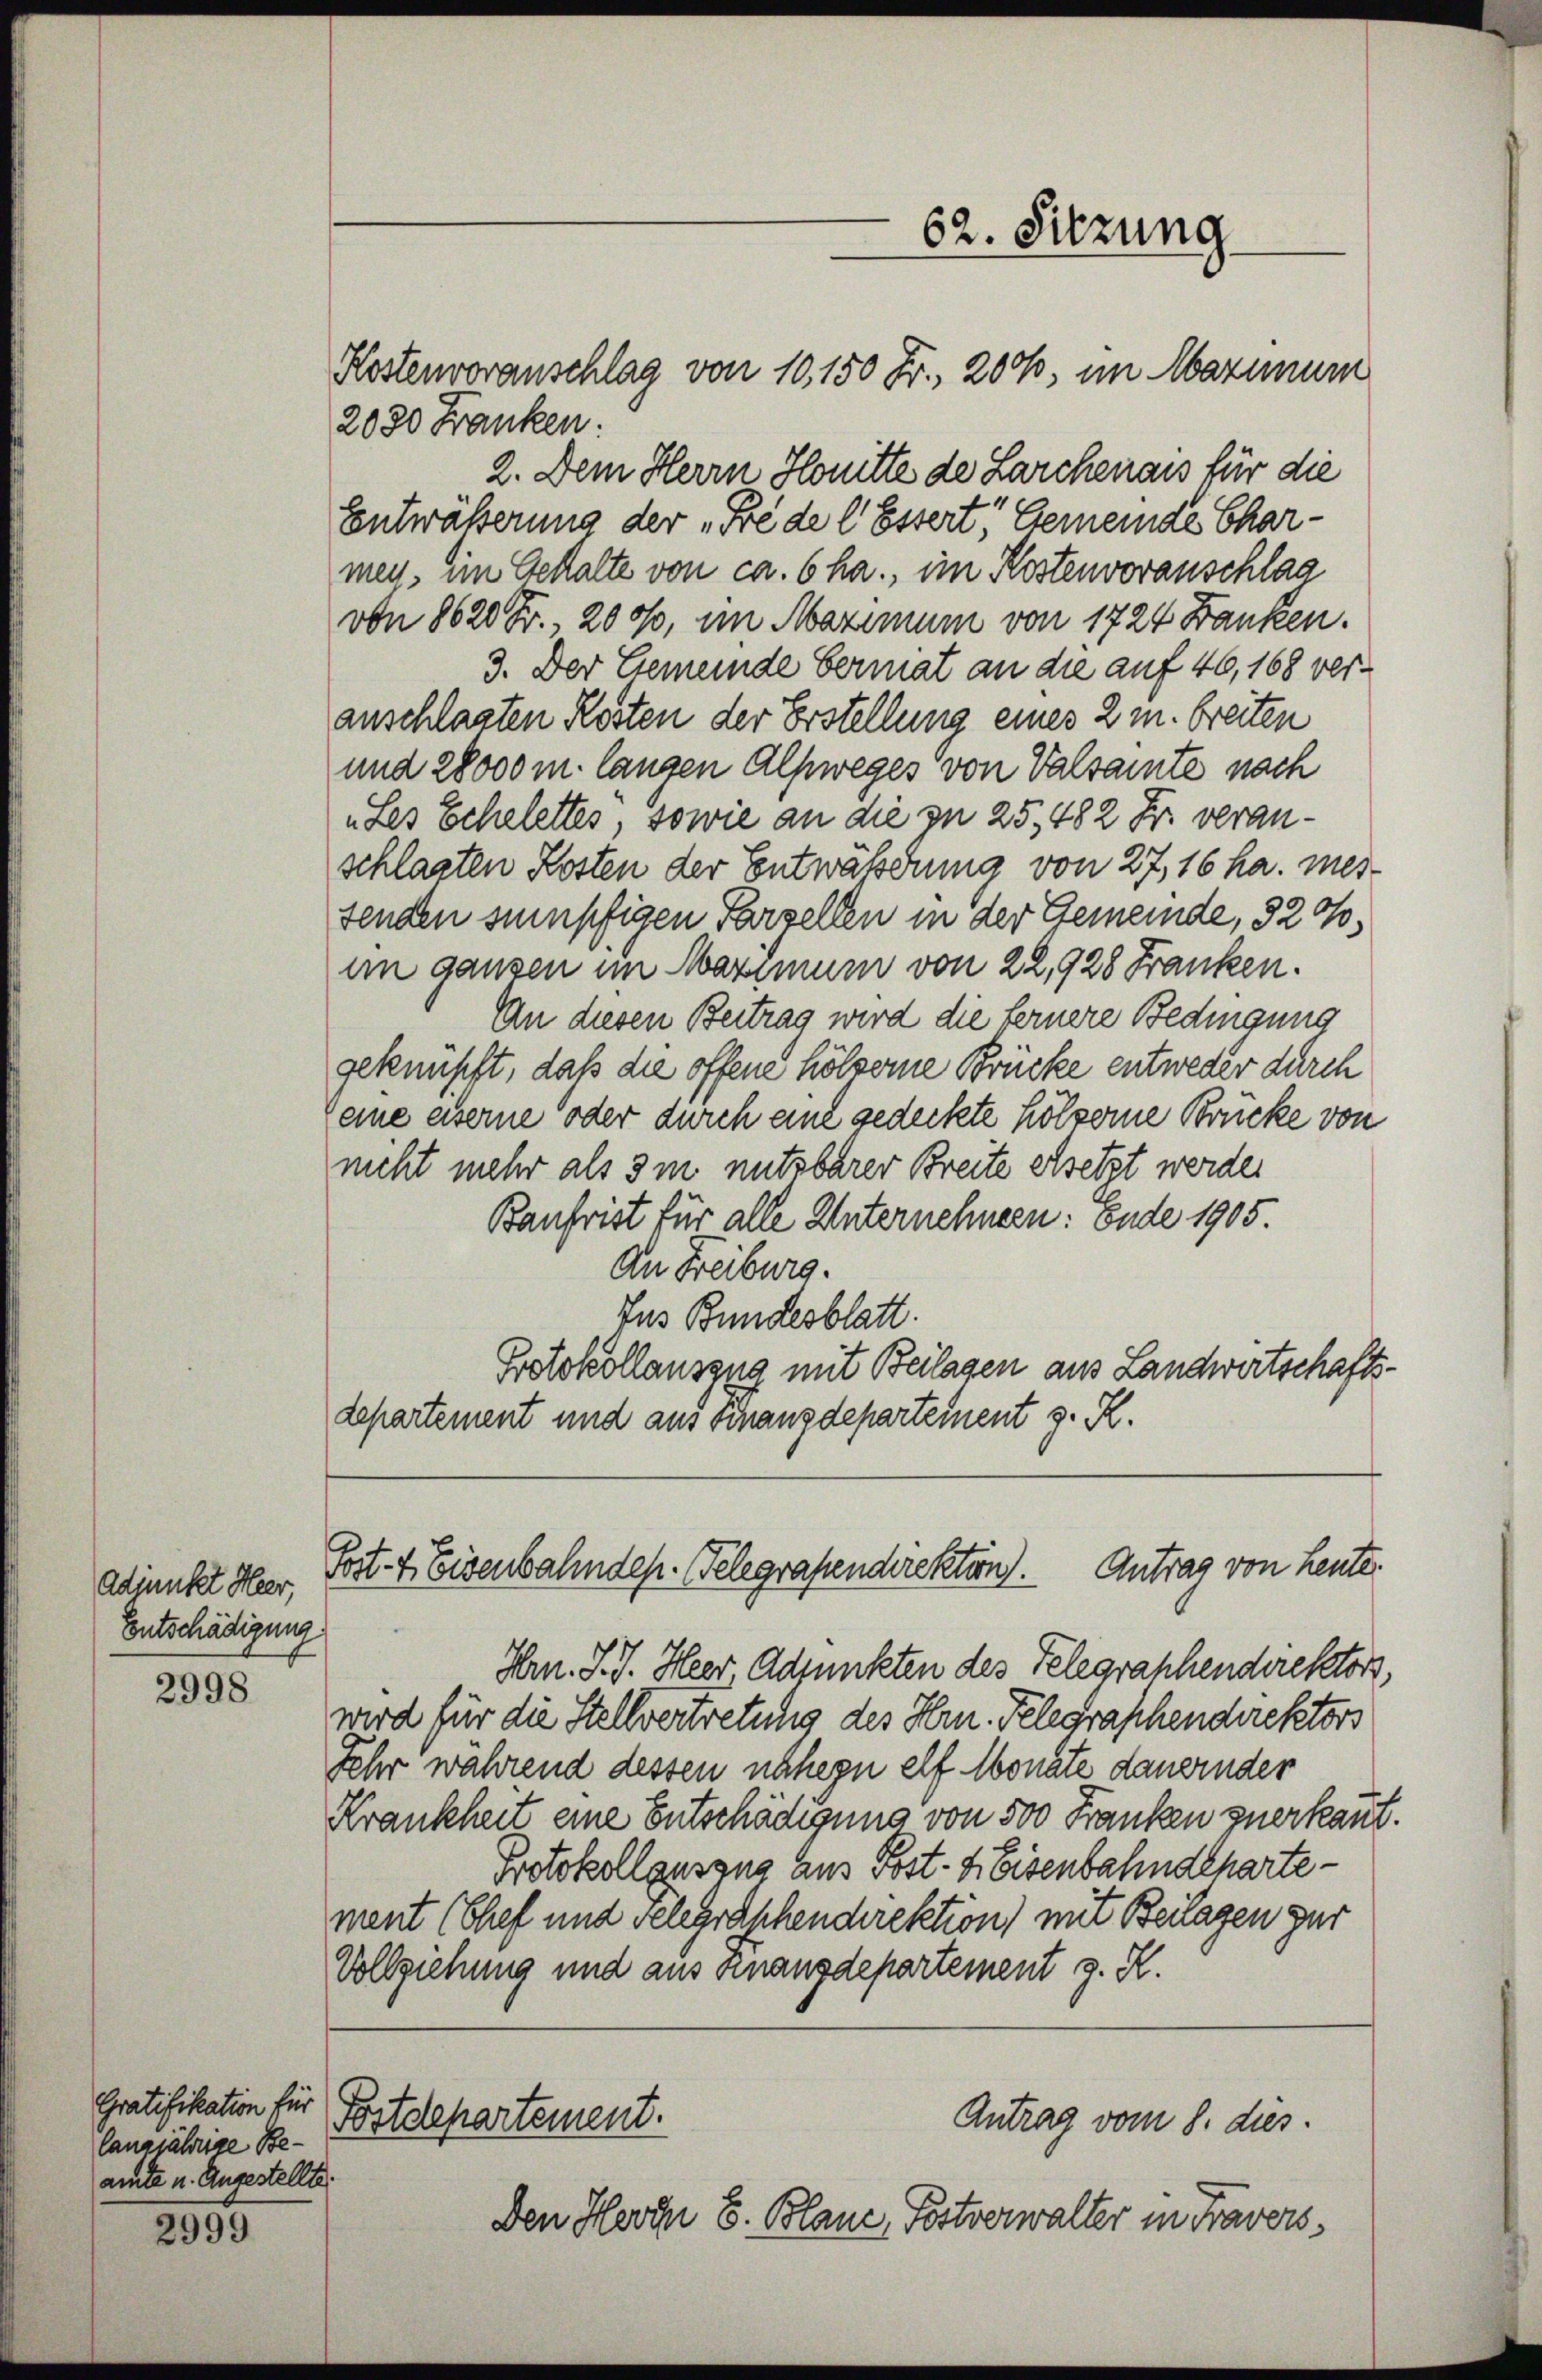
Adjunkt Heer,
Entschädigung

2998

Gratifikation für
Cangjährige Beamte u. Angestellte.

2999

Kostenvoranschlag von 10,150 Fr. 200, im Maximum

62. Sitzung

2030 Franken:
2. Dem Herrn Honitte de Larchenaus für die
Entwäßerung der „Frede l. Essert, Gemeinde Charmen, im Gehalte von ca. 6 ha., im Kostenvoranschlag
von 8620 Fr., 200f, im Maximum von 1724 Banken.
3. Der Gemeinde Germat an die auf 46, 168 veranschlasten Resten der Erstellung eines 2 m breiten
und 28000 m langen Alpweges von Valsamte nach
„Les Schelettes, sowie an die zu 25. 482 Fr. veranschlagten Kosten der Entwährung von 27, 16 ha. Mesfenden sumpfigen Pargellen in der Gemeinde, 320,
im ganzen im Maximum von 22,928 Franken.
An diesen Beitrag wird die fernere Bedingung
geknüpft, daß die offene hölzerne Brücke entweder durch
(eine eiserne oder durch eine gedeckte hölzerne Brücke von
nicht mehr als 3 m nutzbarer Breite ersetzt werden
Baufrist für alle Unternehmen: Ende 1905.
An Freiburg.
Ins Bundesblatt.
Protokollauszug mit Beilagen aus Landwirtschaftsdepartement und aus Finanzdepartement z. R.

Hrn. J. J. Heer, Adjunkten des Telegraphendirektors,
wird für die Stellvertretung des Hrn. Telegraschendirektors
Sehr während dessen unhern elf Monate dauernder
Krankheit eine Entschädigung von 500 Franken zuerkant.
Protokollausung aus Post- & Eisenbahndchartement Chef und velegraphendirektion) mit Beilagen zur
Vollziehung und aus Knanzdepartement z. R.
Postdepartement.
Antrag vom 8. dies
Den Herrn E. Blanc, Postverwalter in Fravers¬

Post- & Eisenbahndepr. Telegrafendirektion). Antrag von heute.